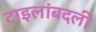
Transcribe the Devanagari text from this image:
टाइलांबदली